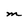
Character: M